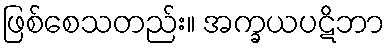
ဖြစ်စေသတည်း။ အက္ခယပဋိဘာ